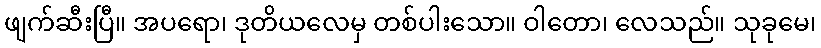
ဖျက်ဆီးပြီ။ အပရော၊ ဒုတိယလေမှ တစ်ပါးသော။ ဝါတော၊ လေသည်။ သုခုမေ၊